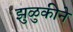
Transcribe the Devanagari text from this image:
झुळुकीने